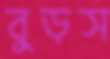
বুড়স